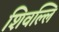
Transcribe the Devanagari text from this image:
शिवल्लि